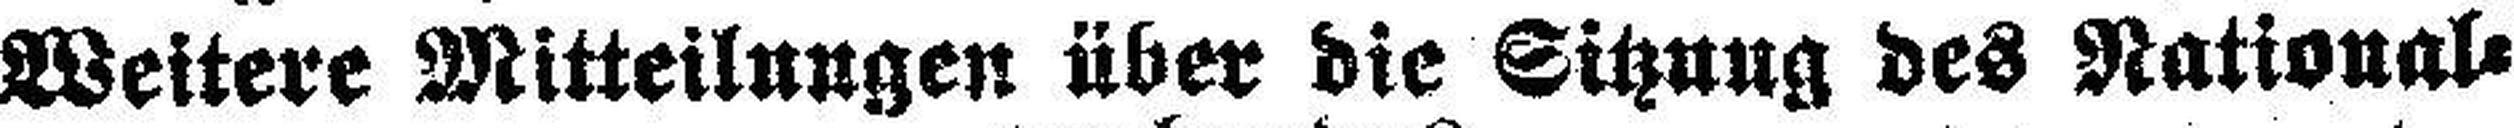
Weitere Mitteilungen über die Sitzung des National¬